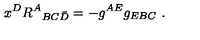
x ^ { D } R ^ { A } { } _ { B C \bar { D } } = - g ^ { A E } g _ { E B C } \ .